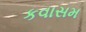
કવાસમ